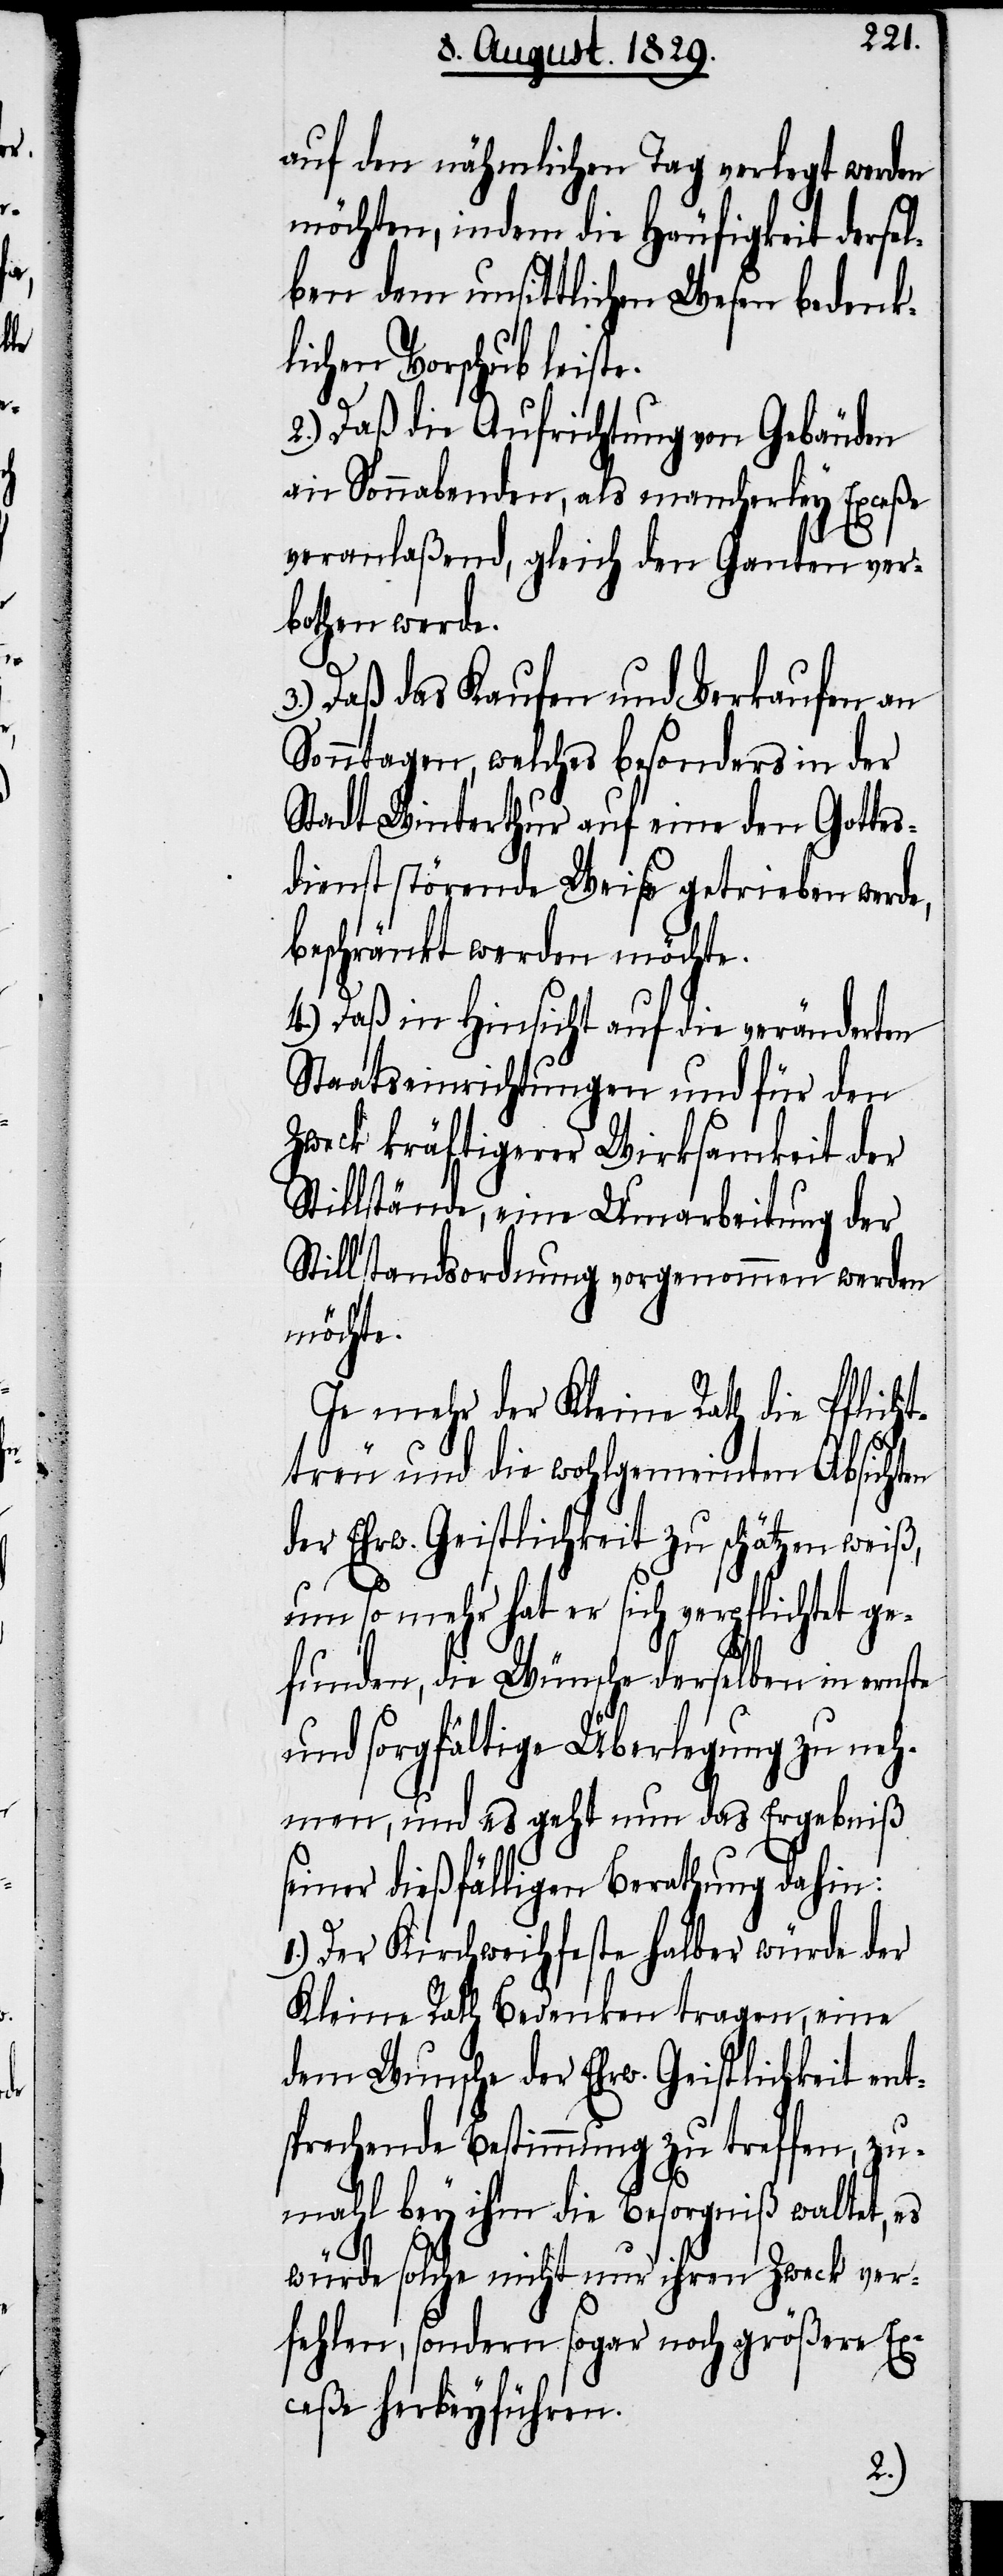
auf den nähmlichen Tag verlegt werden
möchte, indem die Häufigkeit dersel¬
ben dem unsittlichen Wesen bedenk¬
lichen Vorschub leiste.
2.) Daß die Aufrichtung von Gebäuden
an Sonnabenden, als mancherley Exceße
veranlaßend, gleich den Ganten ver¬
bothen werden.
3.) Daß das Kaufen und Verkaufen an
Sonntagen, welche besonders in der
Stadt Winterthur auf eine den Gottes¬
dienst störende Weise getrieben werde,
beschränkt werden möchte.
4.) Daß in Hinsicht auf die veränderten
Staatseinrichtungen und für den
Zweck kräftigerer Wirksamkeit der
Stillstände, eine Umarbeitung der
Stillstandsordnung vorgenommen werden
möchte.
Je mehr der Kleine Rath die Pflicht¬
treu und wohlgemeinten Absichten
der Ehrw. Geistlichkeit zu schätzen weiß,
um so mehr hat der sich verpflichtet ge¬
funden, die Wünsche derselben in ernste
und sorgfältige Überlegung zu neh¬
men, und es geht nun das Ergebniß
seiner dießfälligen Berathung dahin:
Der Kirchweihfeste halber würde der
Kleine Rath Bedenken tragen, eine
dem Wunsche der Ehrw. Geistlichkeit ent¬
sprechende Bestimmung zu treffen, zu¬
mahl bey ihm die Besorgniß waltet, er
würde solche nicht nur ihren Zweck ver¬
fehlen, sondern sogar noch größere Ex¬
ceße herbeyführen.